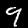
Digit: 9